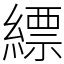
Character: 縹